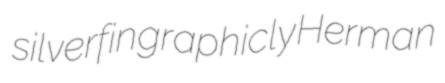
silverfin graphicly Herman